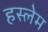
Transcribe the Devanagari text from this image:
हस्लेम